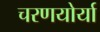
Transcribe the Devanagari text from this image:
चरणयोर्या